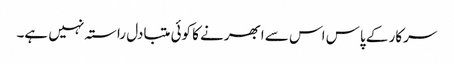
سرکار کے پاس اس سے ابھرنے کا کوئی متبادل راستہ نہیں ہے۔